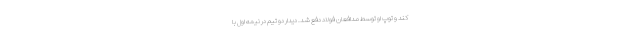
کند و توپ او توسط مدافعان فولاد دفع شد. دیدار دو تیم در نیمه اول با